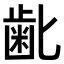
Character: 𮮾